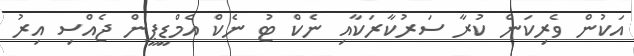
އަކުން ވެރިކަން ކުރާ ސަރުކާރަކާއި ނެކް ޓު ނެކް އެމްޑީޕީން ޖެއްސި އިރު